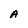
Character: A